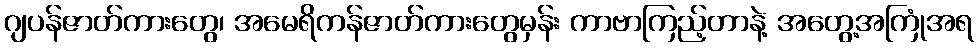
ဂျပန်ဇာတ်ကားတွေ၊ အမေရိကန်ဇာတ်ကားတွေမှန်း ကာဗာကြည့်တာနဲ့ အတွေ့အကြုံအရ